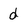
Character: d